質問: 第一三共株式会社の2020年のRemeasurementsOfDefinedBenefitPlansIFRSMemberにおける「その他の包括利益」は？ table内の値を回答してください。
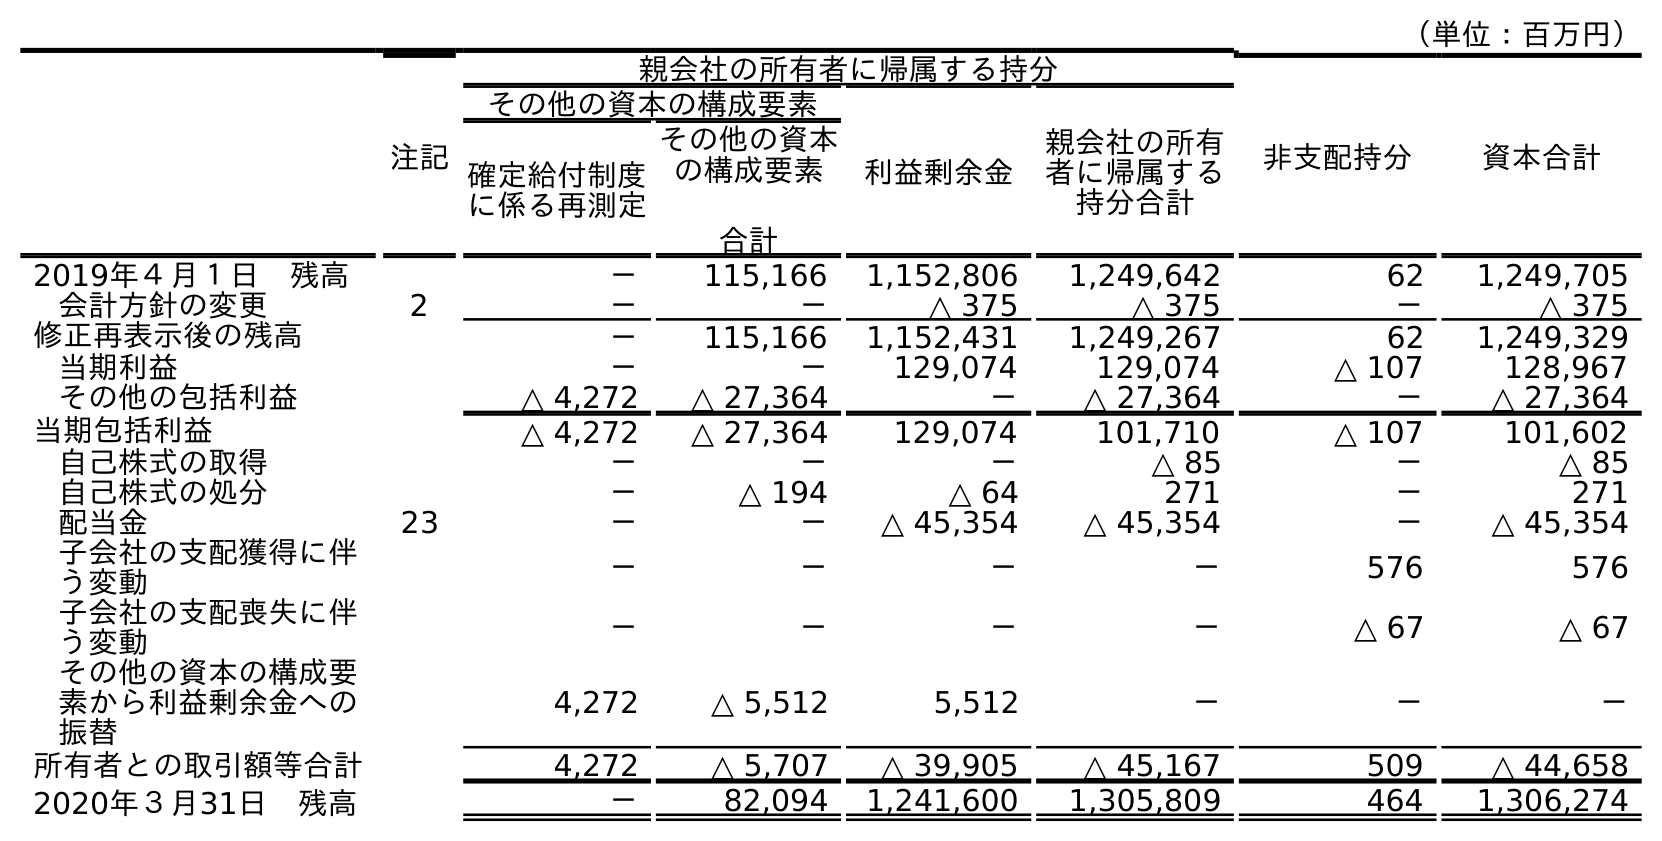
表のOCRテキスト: （単位：百万円） 注記 親会社の所有者に帰属する持分 非支配持分 資本合計 その他の資本の構成要素 利益剰余金 親会社の所有 者に帰属する 持分合計 確定給付制度 に係る再測定 その他の資本 の構成要素 合計 2019年４月１日 残高 － 115,166 1,152,806 1,249,642 62 1,249,705 会計方針の変更 2 － － △ 375 △ 375 － △ 375 修正再表示後の残高 － 115,166 1,152,431 1,249,267 62 1,249,329 当期利益 － － 129,074 129,074 △ 107 128,967 その他の包括利益 △ 4,272 △ 27,364 － △ 27,364 － △ 27,364 当期包括利益 △ 4,272 △ 27,364 129,074 101,710 △ 107 101,602 自己株式の取得 － － － △ 85 － △ 85 自己株式の処分 － △ 194 △ 64 271 － 271 配当金 23 － － △ 45,354 △ 45,354 － △ 45,354 子会社の支配獲得に伴 う変動 － － － － 576 576 子会社の支配喪失に伴 う変動 － － － － △ 67 △ 67 その他の資本の構成要 素から利益剰余金への 振替 4,272 △ 5,512 5,512 － － － 所有者との取引額等合計 4,272 △ 5,707 △ 39,905 △ 45,167 509 △ 44,658 2020年３月31日 残高 － 82,094 1,241,600 1,305,809 464 1,306,274
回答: △4,272